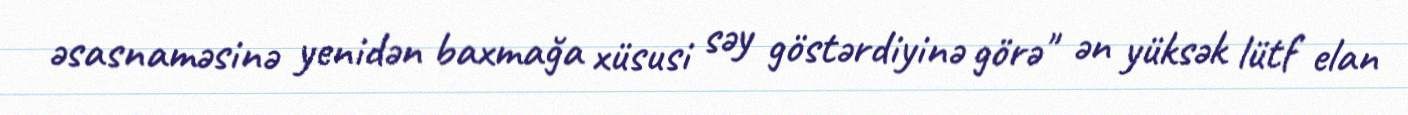
əsasnaməsinə yenidən baxmağa xüsusi səy göstərdiyinə görə" ən yüksək lütf elan